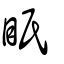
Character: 眂